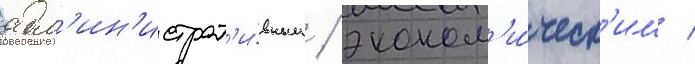
адм'ин'истрат'и́вным / эконом'и́ческ'им /